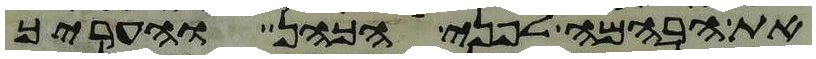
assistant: את הבהמה לפני הכהן והעריך